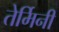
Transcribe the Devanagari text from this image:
तेर्मिनी